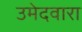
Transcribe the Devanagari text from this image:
उमेदवारा